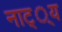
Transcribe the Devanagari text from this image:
नाट््य